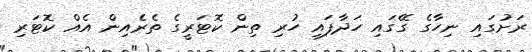
ރަށުގައި ނިހާގެ ގޭގައި ހަދާފައި ހުރި ތިން ކޮޓަރީގެ ތެރެއިން އެއް ކޮޓަރި